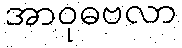
အာဝုဓဗလာ